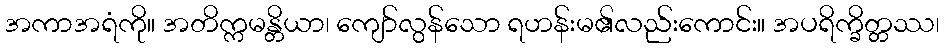
အကာအရံကို။ အတိက္ကမန္တိယာ၊ ကျော်လွန်သော ရဟန်းမ၏လည်းကောင်း။ အပရိက္ခိတ္တဿ၊